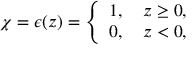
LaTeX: \chi = \epsilon ( z ) = \left\{ \begin{array} { l } { { 1 , ~ ~ ~ z \geq 0 , } } \\ { { 0 , ~ ~ ~ z < 0 , } } \end{array} \right.